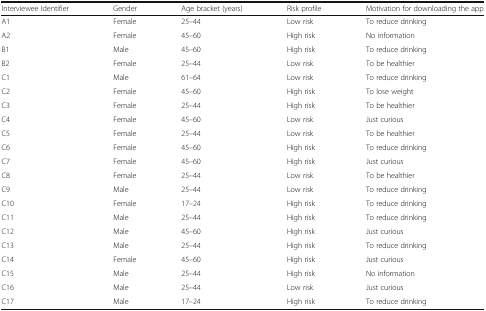
| Interviewee Identifier | Gender | Age bracket (years) | Risk profile | Motivation for downloading the app |
 | --- | --- | --- | --- | --- |
 | A1 | Female | 25–44 | Low risk | To reduce drinking |
 | A2 | Female | 45–60 | High risk | No information |
 | B1 | Male | 45–60 | High risk | To reduce drinking |
 | B2 | Female | 25–44 | Low risk | To be healthier |
 | C1 | Male | 61–64 | Low risk | To reduce drinking |
 | C2 | Female | 45–60 | High risk | To lose weight |
 | C3 | Female | 25–44 | High risk | To be healthier |
 | C4 | Female | 45–60 | Low risk | Just curious |
 | C5 | Female | 25–44 | Low risk | To be healthier |
 | C6 | Female | 45–60 | High risk | To reduce drinking |
 | C7 | Female | 45–60 | High risk | Just curious |
 | C8 | Female | 25–44 | Low risk | To be healthier |
 | C9 | Male | 25–44 | Low risk | To reduce drinking |
 | C10 | Female | 17–24 | High risk | To reduce drinking |
 | C11 | Male | 25–44 | High risk | To reduce drinking |
 | C12 | Male | 45–60 | High risk | Just curious |
 | C13 | Male | 25–44 | High risk | To reduce drinking |
 | C14 | Female | 45–60 | High risk | Just curious |
 | C15 | Male | 25–44 | High risk | No information |
 | C16 | Male | 25–44 | Low risk | Just curious |
 | C17 | Male | 17–24 | High risk | To reduce drinking |